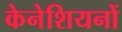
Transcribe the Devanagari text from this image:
केनेशियनों